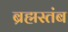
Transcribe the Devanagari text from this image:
ब्रह्मस्तंब